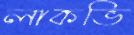
লাকভি